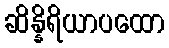
ဆိန္နိရိယာပထော